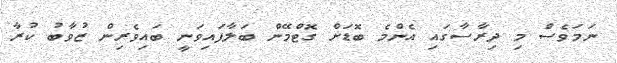
ނަމަވެސް މި ދިރާސާގައި އެންމެ ބޮޑަށް ގޮޓްމޭން ބަލާފައިވަނީ ބައިވެރިން ޒުވާބު ކުރާ